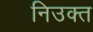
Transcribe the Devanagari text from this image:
निउक्त